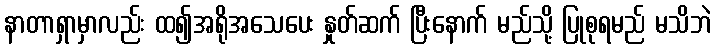
နာတာရှာမှာလည်း ထ၍အရိုအသေပေး နှုတ်ဆက် ပြီးနောက် မည်သို့ ပြုစုရမည် မသိဘဲ